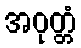
အဝုတ္တံ